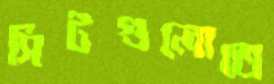
সিটগুলোতে